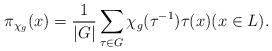
LaTeX: \begin{align*}\pi_{\chi_g}(x) = \frac{1}{|G|}\sum_{\tau\in G} \chi_g(\tau^{-1})\tau(x) (x \in L).\end{align*}